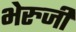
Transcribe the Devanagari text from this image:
भेरुजी